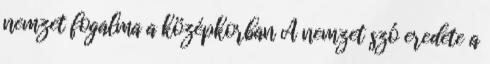
nemzet fogalma a középkorban A nemzet szó eredete a